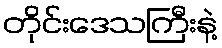
တိုင်းဒေသကြီးနဲ့